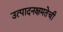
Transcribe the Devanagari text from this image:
उत्पादनक्षमतेची